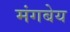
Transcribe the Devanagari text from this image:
मंगबेय